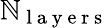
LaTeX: \mathbb{N}_{\mathrm{{~l~a~y~e~r~s~}}}